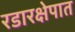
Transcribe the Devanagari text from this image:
रडारक्षेपात